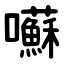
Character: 囌